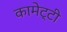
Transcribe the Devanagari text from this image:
कामेट्टी